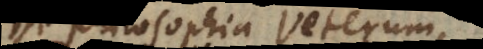
De philosophia Veterum,